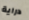
دراية